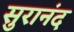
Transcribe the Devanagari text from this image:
सुरानंद